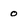
Character: 0